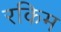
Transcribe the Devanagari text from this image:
रकिम